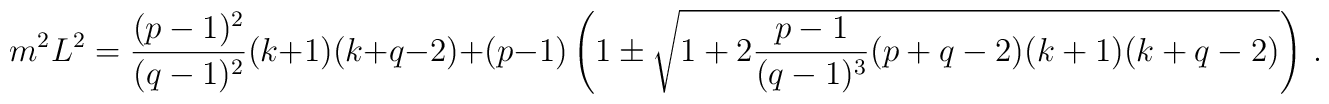
m^2 L^2 = {(p-1)^2 \over (q-1)^2} (k+1)(k+q-2) + (p-1) \left( 1 \pm \sqrt{1 +2 {p-1 \over (q-1)^3} (p+q-2) (k+1)(k+q-2) } \right) \,.